system: You are a helpful assistant.
user:
Analyze the provided spectrum to determine if it is a **S-type Star**.

- **Key Indicators for S-type Star:**

    - **(Overall Spectrum Shape):** The first and most obvious characteristic is the overall continuum (the "baseline" shape). It is **extremely "red-sloping,"** meaning the flux (light intensity) is very low on the left side (blue, ~4000-4500 Å) and rises steeply and continuously toward the right side (red, ~7000 Å+).

    - **(Primary):** The spectrum is defined by the presence of strong, broad molecular absorption "valleys" (bands) from **Zirconium Oxide (ZrO)**. The identification of these bands is the **primary requirement** for classifying a star as S-type.
        - **(Key Bandheads):** You must find distinct, deep "dips" where the light has been absorbed. The most critical band systems to locate are:
            - **~6474 Å** ($\gamma$-system): This is often the strongest and clearest ZrO feature, found in the red part of the spectrum.
            - **~5718 Å** & **~5551 Å** ($\beta$-system): A pair of prominent absorption features in the yellow-orange part of the spectrum.
            - **~4640 Å** ($\alpha$-system): A key absorption band system in the blue-green region of the spectrum.

    - **(Secondary Confirmation):** The classification is strengthened by finding additional absorption bands from other related heavy element oxides, which are expected to be present alongside ZrO.
        - **(Key Bandheads):**
            - **Yttrium Oxide (YO):** Look for absorption dips near **~4800 Å** and **~6100 Å**.
            - **Lanthanum Oxide (LaO):** Additional absorption features, particularly in the red-orange part of the spectrum, are also characteristic.

    - **(Line Profile):** The combination of the steep red continuum and these numerous, deep molecular bands (ZrO, YO, etc.) gives the entire spectrum a very **"chopped-up"** or **"bumpy"** appearance. Instead of a smooth curve, the spectrum looks as though large, wide chunks of light have been "carved out" of it at the specific wavelengths listed above.

Think first, call **spectral_visualization_tool** if needed to examine features in detail, then provide your final answer. Your response must adhere to the following strict rules:
1.  **Overall Structure:** Your response must follow the format `<think>...</think> <tool_call>...</tool_call> (if a tool is used) <answer>...</answer>`.
2.  **Tool Usage Constraint:** You may only make **one** tool call per turn.
3.  **Final Answer Format:** In the `<answer>` tag, your conclusion must be inside a `\boxed{}` command (e.g., `\boxed{YES}` or `\boxed{NO}`), followed by your justification.

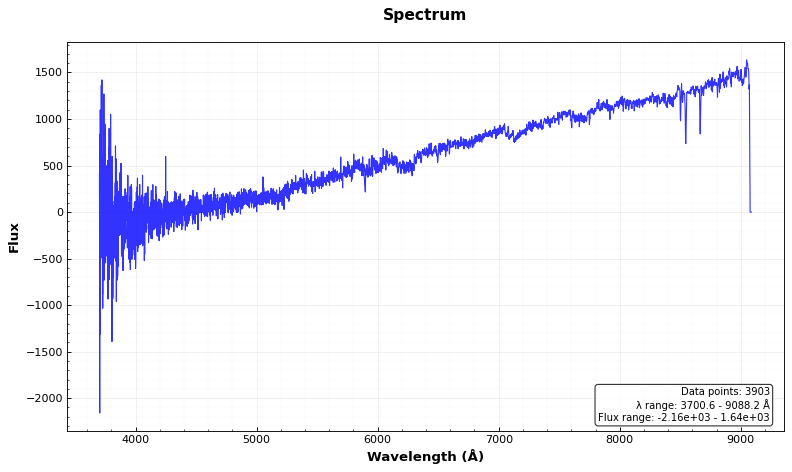
Answer: NO